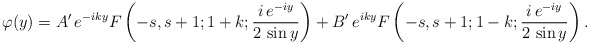
\begin{align*}\varphi(y)=A'\,e^{-iky}F\left(-s,s+1;1+k;\frac{i\,e^{-iy}}{2\,\sin y}\right)+B'\,e^{iky}F\left(-s,s+1;1-k;\frac{i\,e^{-iy}}{2\,\sin y}\right).\end{align*}